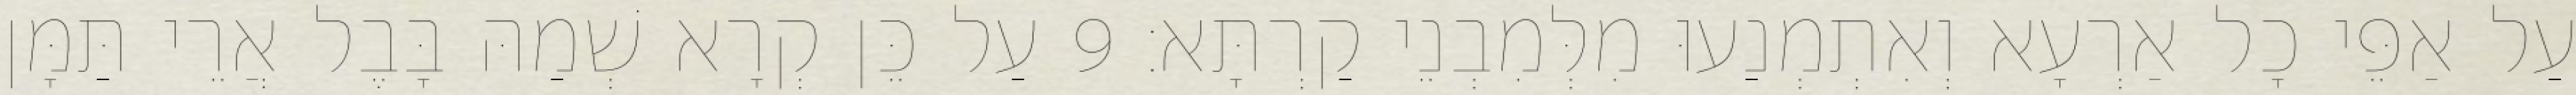
עַל אַפֵּי כָל אַרְעָא וְאִתְמְנַעוּ מִלְּמִבְנֵי קַרְתָּא׃ 9 עַל כֵּן קְרָא שְׁמַהּ בָּבֶל אֲרֵי תַּמָּן